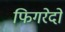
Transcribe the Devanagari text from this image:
फिगरेदो